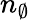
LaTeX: n_{\emptyset}